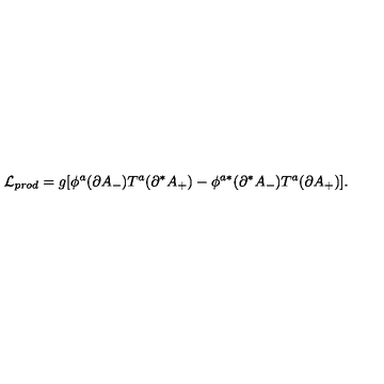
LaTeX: { \cal L } _ { p r o d } = g [ \phi ^ { a } ( \partial A _ { - } ) T ^ { a } ( \partial ^ { * } A _ { + } ) - \phi ^ { a * } ( \partial ^ { * } A _ { - } ) T ^ { a } ( \partial A _ { + } ) ] .